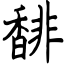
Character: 馡